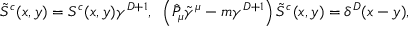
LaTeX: \tilde { S } ^ { c } ( x , y ) = S ^ { c } ( x , y ) \gamma ^ { D + 1 } , \; \; \left( \hat { { \cal P } } _ { \mu } \tilde { \gamma } ^ { \mu } - m \gamma ^ { D + 1 } \right) \tilde { S } ^ { c } ( x , y ) = \delta ^ { D } ( x - y ) ,